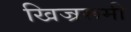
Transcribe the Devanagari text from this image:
खिज्ररूमी